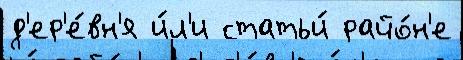
д'ер'е́вн'я и́л'и статьи́ райо́н'е